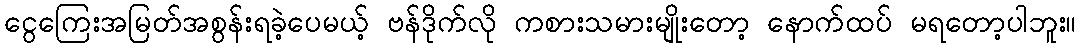
ငွေကြေးအမြတ်အစွန်းရခဲ့ပေမယ့် ဗန်ဒိုက်လို ကစားသမားမျိုးတော့ နောက်ထပ် မရတော့ပါဘူး။